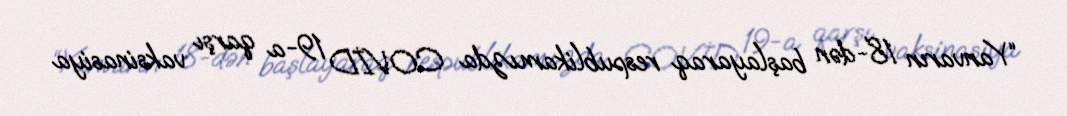
“Yanvarın 18-dən başlayaraq respublikamızda COVİD 19-a qarşı vaksinasiya